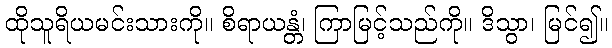
ထိုသူရိယမင်းသားကို။ စိရာယန္တံ၊ ကြာမြင့်သည်ကို။ ဒိသွာ၊ မြင်၍။